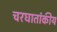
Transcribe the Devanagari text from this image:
चरघातांकीय